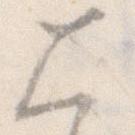
大